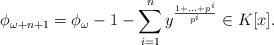
LaTeX: \begin{align*}\phi_{\omega+n+1}=\phi_\omega-1-\sum_{i=1}^n y^{\frac{1+\ldots+p^i}{p^i}}\in K[x].\end{align*}